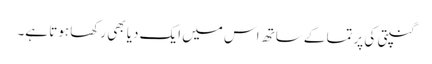
گنپتی کی پرتما کے ساتھ اس میں ایک دیا بھی رکھا ہوتا ہے۔